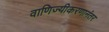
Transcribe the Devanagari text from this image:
वाणिज्यीकरणानंतर